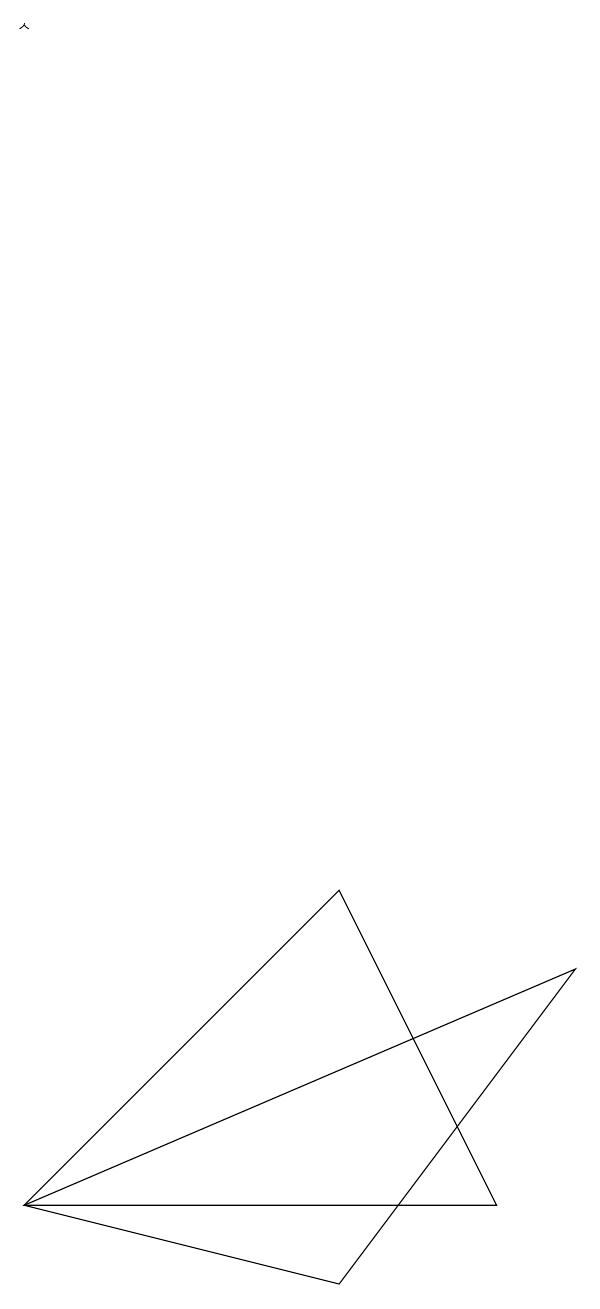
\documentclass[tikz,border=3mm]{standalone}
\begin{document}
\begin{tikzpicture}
\draw[->] (0,19) -- (0,19);
\draw (7,7) -- (0,4) -- (4,3) -- cycle;
\draw (6,4) -- (0,4) -- (4,8) -- cycle;
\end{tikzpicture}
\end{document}